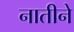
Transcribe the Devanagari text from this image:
नातीने